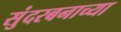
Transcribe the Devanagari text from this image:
सुंदरबनाच्या